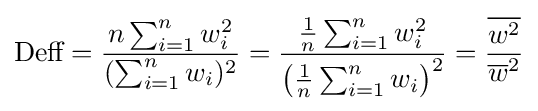
{\text{Deff}}={\frac {n\sum _{i=1}^{n}w_{i}^{2}}{(\sum _{i=1}^{n}w_{i})^{2}}}={\frac {{\frac {1}{n}}\sum _{i=1}^{n}w_{i}^{2}}{\left({\frac {1}{n}}\sum _{i=1}^{n}w_{i}\right)^{2}}}={\frac {\overline {w^{2}}}{{\overline {w}}^{2}}}